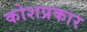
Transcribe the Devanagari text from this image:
कोशप्रकार